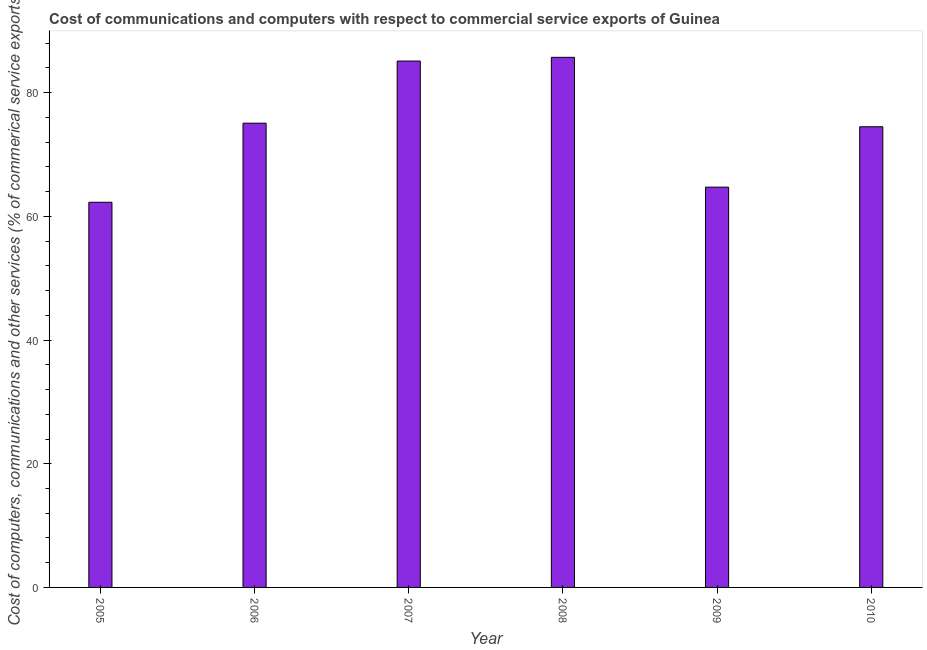
| Year | Computer |
 | --- | --- |
 | 2005 | 62.3 |
 | 2006 | 75.1 |
 | 2007 | 85.1 |
 | 2008 | 85.7 |
 | 2009 | 64.7 |
 | 2010 | 74.5 |